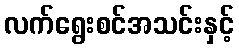
လက်ရွေးစင်အသင်းနှင့်